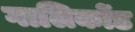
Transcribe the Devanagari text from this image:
गालिकोंड